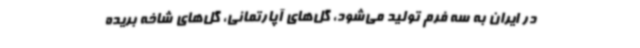
در ایران به سه فرم تولید می‌شود، گل‌های آپارتمانی، گل‌های شاخه بریده